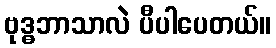
ဗုဒ္ဓဘာသာလဲ ပီပါပေတယ်။